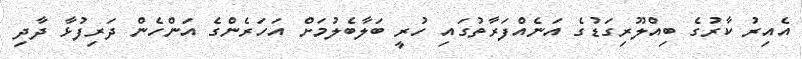
އެއިރު ކާރުގެ ބިއްލޫރިގަޑުގެ އަނެއްފަރާތުގައި ހުރީ ބަލާބެލުމަށް އަހަރެންގެ އަންހެން ދަރިފުޅާ ދާދި